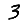
Digit: 3